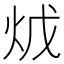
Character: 𤇦